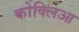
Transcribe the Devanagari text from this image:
कोक्लिआ